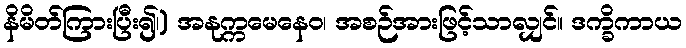
နိမိတ်ကြားပြီး၍၊) အနုက္ကမေနေဝ၊ အစဉ်အားဖြင့်သာလျှင်။ ဒက္ခိကာယ